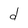
Character: d